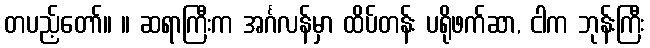
တပည့်တော်။ ။ ဆရာကြီးက အင်္ဂလန်မှာ ထိပ်တန်း ပရိုဖက်ဆာ, ငါက ဘုန်းကြီး